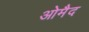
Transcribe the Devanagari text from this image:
ओमैद